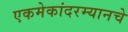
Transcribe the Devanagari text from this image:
एकमेकांदरम्यानचे